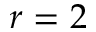
r = 2